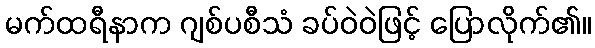
မက်ထရီနာက ဂျစ်ပစီသံ ခပ်ဝဲဝဲဖြင့် ပြောလိုက်၏။